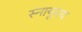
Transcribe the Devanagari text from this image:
स्नायूमय